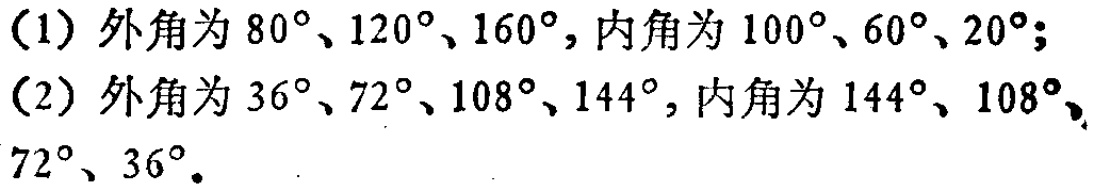
(1) 外角为 \(80^{\circ}\)、\(120^{\circ}\)、\(160^{\circ}\)，内角为 \(100^{\circ}\)、\(60^{\circ}\)、\(20^{\circ}\)；
(2) 外角为 \(36^{\circ}\)、\(72^{\circ}\)、\(108^{\circ}\)、\(144^{\circ}\)，内角为 \(144^{\circ}\)、\(108^{\circ}\)、\(72^{\circ}\)、\(36^{\circ}\)。